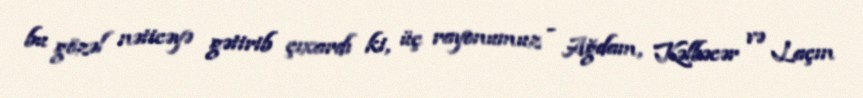
bu gözəl nəticəyə gətirib çıxardı ki, üç rayonumuz - Ağdam, Kəlbəcər və Laçın